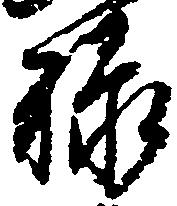
禄